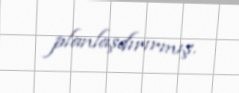
planlaşdırırmış.